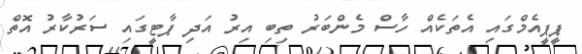
ޕީޕީއެމްގައި އެތަކެއް ހާސް މެންބަރު ތިބި އިރު އަދި ޕާޓީގައި ސަރުކާރު އޮތް